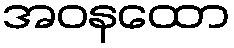
အဝနထော